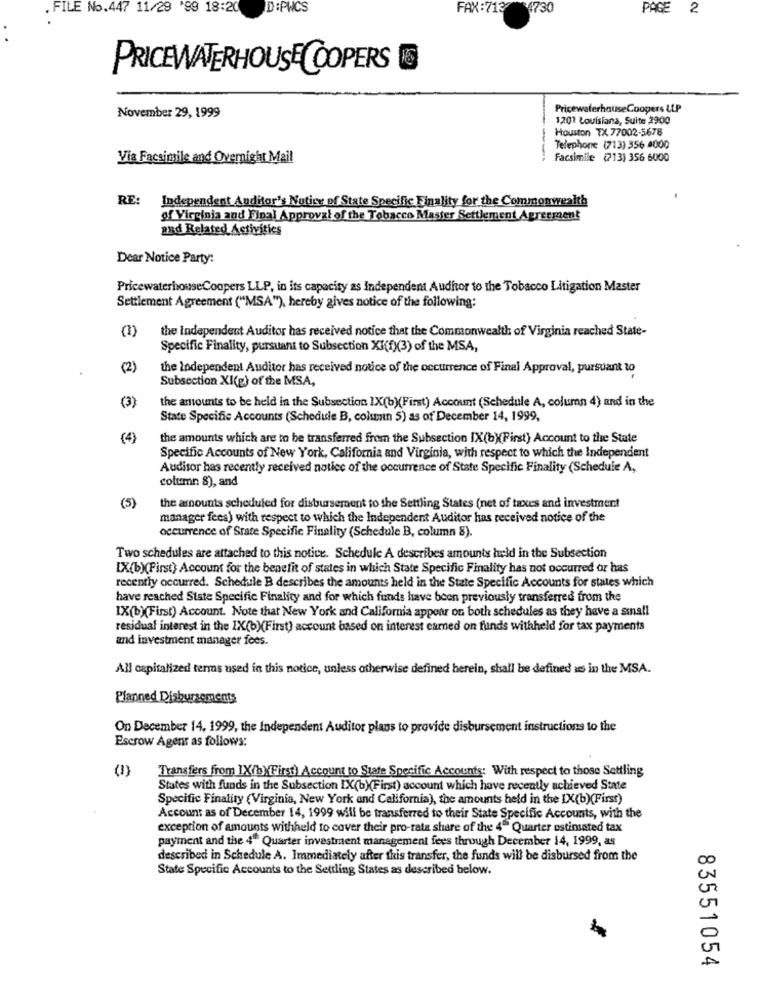
. FILE No.447 11/29 '89 18:20
D:PWCS
FAX:713 94730
PAGE 2
PRICEWATERHOUSECOOPERS
PricewaterhouseCoopers LLP
November 29, 1999
1,201 Louisiana, Suite 2900
Houston TX 77002-5678
Telephone (713) 356 4000
Via Facsimile and Overnight Mail
----
Facsimile (713) 356 6000
RE:
Independent Auditor's Notice of State Specific Finality for the Commonwealth
of Virginia and Final Approval of the Tobacco Master Settlement Agreement
and Related Activities
Dear Notice Party:
PricewaterhouseCoopers LLP, in its capacity as Independent Audhor to the Tobacco Litigation Master
Settlement Agreement ("MSA"), hereby gives notice of the following:
(1)
the Independent Auditor has received notice that the Commonwealth of Virginia reached State-
Specific Finality, pursuant to Subsection XI(f)(3) of the MSA,
(2)
the Independent Auditor has received notice of the occurrence of Final Approval, pursuant to
Subsection XI(g) of the MSA,
(3)
the amounts to be held in the Subsection IX(b)(First) Account (Schedule A, column 4) and in the
State Specific Accounts (Schedule B, column 5) as of December 14, 1999,
(4)
the amounts which are to be transferred from the Subsection IX(b)(First) Account to the State
Specific Accounts of New York, California and Virginia, with respect to which the Independent
Auditor has recently received notice of the occurrence of State Specific Finality (Schedule A,
column 8), and
(5)
the amounts scheduled for disbursement to the Settling States (net of taxes and investment
manager fees) with respect to which the Independent Auditor has received notice of the
occurrence of Srate Specific Finality (Schedule B, column 8).
Two schedules are attached to this notice. Schedule A describes amounts held in the Subsection
[X(b)(First) Account for the benefit of states in which State Specific Finality has not occurred or has
recently occurred. Schedule B describes the amounts held in the State Specific Accounts for states which
have reached State Specific Finality and for which funds have been previously transferred from the
IX(b)(First) Account. Note that New York and California appear on both schedules as they have a small
residual interest in the IX(b)(First) account based on interest earned on funds withheld for tax payments
and investment manager fees.
All capitalized terms used in this notice, unless otherwise defined herein, shall be defined us in the MSA.
Planned Disbursements
On December 14, 1999, the Independent Auditor plans to provide disbursement instructions to the
Escrow Agent as follows:
(1)
Transfers from 1X/b)(First) Account to State Specific Accounts: With respect to those Settling
States with funds in the Subsection IX(b)(First) account which have recently achieved State
Specific Finality (Virginia, New York and California), the amounts held in the IX(b)(First)
Account as of December 14, 1999 will be transferred to their State Specific Accounts, with the
exception of amounts withheld to cover their pro-rata share of the 4º Quarter estiniated tax
payment and the 4" Quarter investment management fees through December 14, 1999, as
described in Schedule A. Immediately after this transfer, the funds will be disbursed from the
State Specific Accounts to the Settling States as described below.
83551054